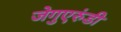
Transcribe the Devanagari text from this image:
जेगुएरुंडी